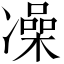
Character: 𫥛